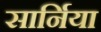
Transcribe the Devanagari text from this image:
सार्निया